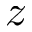
z